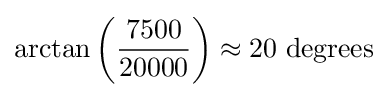
\arctan \left({\frac {7500}{20000}}\right)\approx 20{\text{ degrees}}